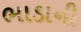
ભાડાની